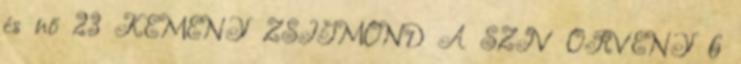
és nő 23 KEMÉNY ZSIGMOND A SZÍV ÖRVÉNY 6